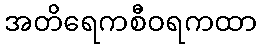
အတိရေကစီဝရကထာ